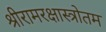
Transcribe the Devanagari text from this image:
श्रीरामरक्षास्त्रोतम